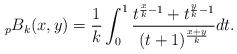
LaTeX: \begin{align*} _{p}B_{k}(x,y)=\frac{1}{k} \int_{0}^{1}\frac{t^{\frac{x}{k}-1}+t^{\frac{y}{k}-1}}{(t+1)^{\frac{x+y}{k}}}dt. \end{align*}